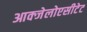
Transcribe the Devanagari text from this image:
आक्जेलोएसीटेट